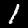
Digit: 1